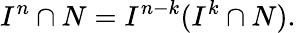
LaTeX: I^{n}\cap N=I^{n-k}(I^{k}\cap N).